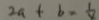
2 a + b = \frac { 1 } { 2 }